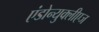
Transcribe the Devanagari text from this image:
एंडोन्युक्लीएज